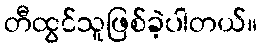
တီထွင်သူဖြစ်ခဲ့ပါတယ်။